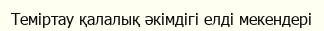
Теміртау қалалық әкімдігі елді мекендері